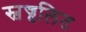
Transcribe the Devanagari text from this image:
स्वज्वलित